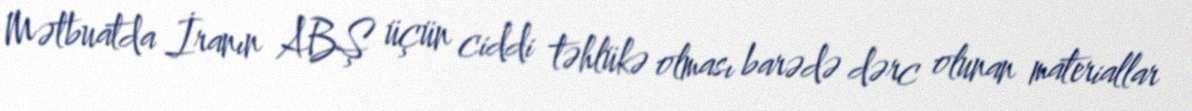
Mətbuatda İranın ABŞ üçün ciddi təhlükə olması barədə dərc olunan materiallar